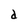
Character: d